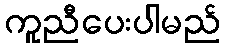
ကူညီပေးပါမည်